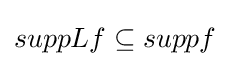
suppLf\subseteq suppf